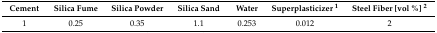
<table><thead><tr><td><b>Cement</b></td><td><b>Silica Fume</b></td><td><b>Silica Powder</b></td><td><b>Silica Sand</b></td><td><b>Water</b></td><td><b>Superplasticizer <sup>1</sup></b></td><td><b>Steel Fiber [vol %] <sup>2</sup></b></td></tr></thead><tbody><tr><td>1</td><td>0.25</td><td>0.35</td><td>1.1</td><td>0.253</td><td>0.012</td><td>2</td></tr></tbody></table>